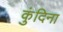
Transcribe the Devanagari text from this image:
कुंदिना